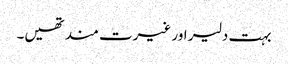
بہت دلیر اور غیرت مند تھیں۔